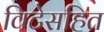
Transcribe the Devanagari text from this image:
विटेसहित